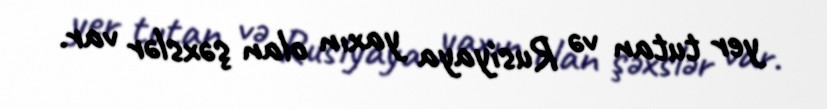
yer tutan və Rusiyaya yaxın olan şəxslər var.